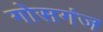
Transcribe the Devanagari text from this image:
गोसगंज